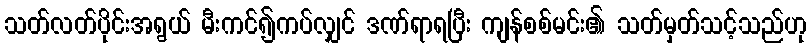
သတ်လတ်ပိုင်းအရွယ် မီးကင်၍ကပ်လျှင် ဒဏ်ရာရပြီး ကျန်စစ်မင်း၏ သတ်မှတ်သင့်သည်ဟု